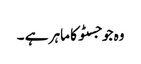
وہ جوجسٹو کا ماہر ہے ۔